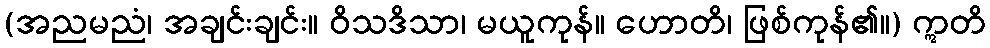
(အညမညံ၊ အချင်းချင်း။ ဝိသဒိသာ၊ မယူကုန်။ ဟောတိ၊ ဖြစ်ကုန်၏။) ဣတိ